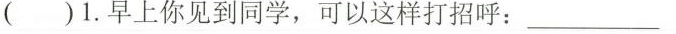
( )1.早上你见到同学,可以这样打招呼:___